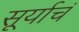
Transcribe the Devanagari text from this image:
सूर्याचं